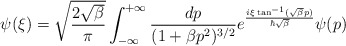
\begin{align*}\psi({\xi}) = \sqrt{\frac{2\sqrt{\beta}}{\pi}} \int_{-\infty}^{+\infty}\frac{dp}{(1+\beta p^2)^{3/2}} e^{\frac{i{\xi} \tan^{-1}(\sqrt{\beta} p)}{\hbar \sqrt{\beta}}} \psi(p)\end{align*}